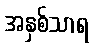
အနှစ်သာရ